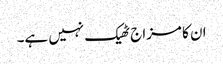
ان کا مزاج ٹھیک نہیں ہے۔